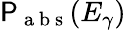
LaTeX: \mathsf{P}_{\mathrm{{~a~b~s~}}}(E_{\gamma})